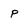
Character: p